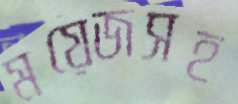
ময়েজসহ